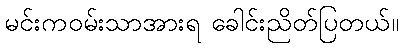
မင်းကဝမ်းသာအားရ ခေါင်းညိတ်ပြတယ်။